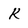
Character: K